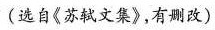
(选自《苏轼文集》，有删改)【